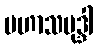
မဟာသမုဒ္ဒါ